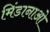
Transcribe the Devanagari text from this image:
मिंडानाओ